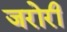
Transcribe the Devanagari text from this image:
जरोरी